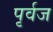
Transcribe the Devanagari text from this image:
पृर्वज